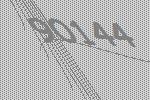
90144